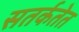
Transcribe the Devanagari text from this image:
सतर्कतेत